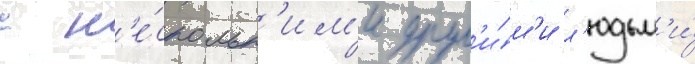
с н'е́скольк'им'и друг'и́м'и л'юдьм'и́